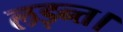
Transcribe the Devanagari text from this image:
लड़न्त।